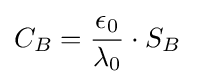
C_{B}={\frac {\epsilon _{0}}{\lambda _{0}}}\cdot S_{B}\